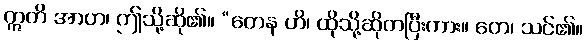
ဣတိ အာဟ၊ ဤသို့ဆို၏။ “တေန ဟိ၊ ထိုသို့ဆိုတပြီးကား။ တေ၊ သင်၏။